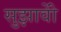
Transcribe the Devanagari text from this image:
सुझावोें